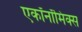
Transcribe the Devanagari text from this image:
एकॉनॉमिक्स